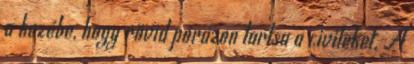
a kezébe, hogy rövid pórázon tartsa a civileket. A